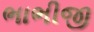
ભાભીજી